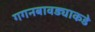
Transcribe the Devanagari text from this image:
गगनबावड्याकडे